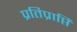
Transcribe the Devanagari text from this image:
प्रतिप्राप्ति